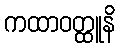
ကထာဝတ္ထူနိ